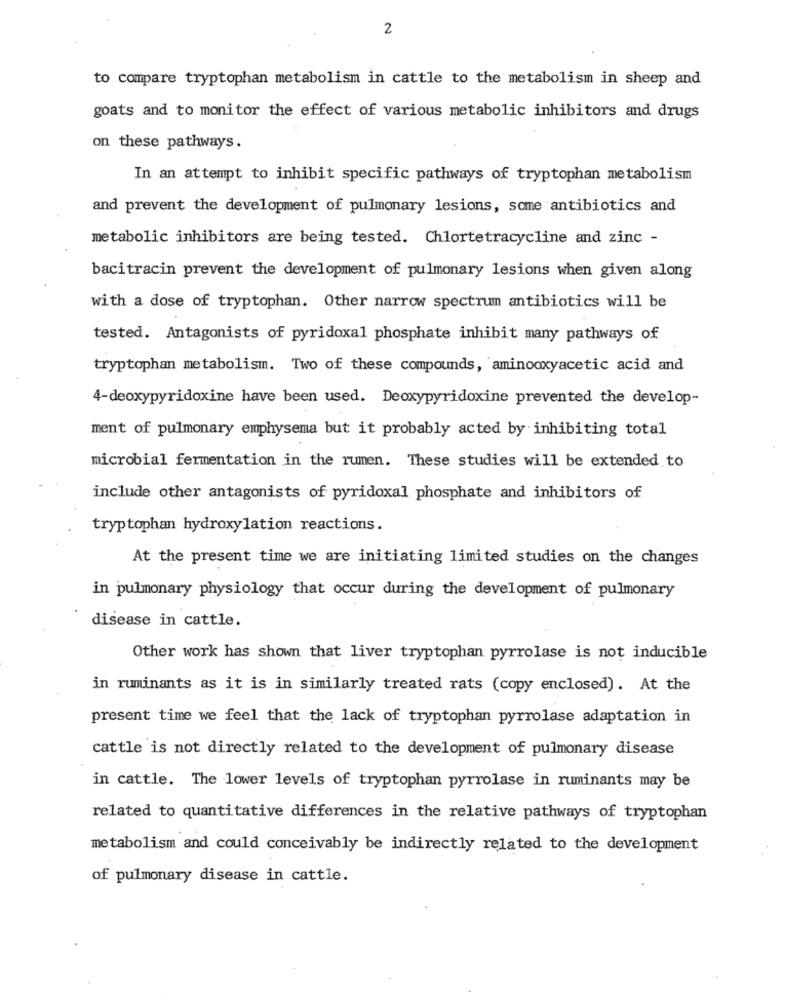
2
to compare tryptophan metabolism in cattle to the metabolism in sheep and
goats and to monitor the effect of various metabolic inhibitors and drugs
on these pathways.
In an attempt to inhibit specific pathways of tryptophan metabolism
and prevent the development of pulmonary lesions, some antibiotics and
metabolic inhibitors are being tested. Chlortetracycline and zinc -
bacitracin prevent the development of pulmonary lesions when given along
with a dose of tryptophan. Other narrow spectrum antibiotics will be
tested. Antagonists of pyridoxal phosphate inhibit many pathways of
tryptophan metabolism. Two of these compounds, aminooxyacetic acid and
4-deoxypyridoxine have been used. Deoxypyridoxine prevented the develop-
ment of pulmonary emphysema but it probably acted by inhibiting total
microbial fermentation in the rumen. These studies will be extended to
include other antagonists of pyridoxal phosphate and inhibitors of
tryptophan hydroxylation reactions.
At the present time we are initiating limited studies on the changes
in pulmonary physiology that occur during the development of pulmonary
disease in cattle.
Other work has shown that liver tryptophan pyrrolase is not inducible
in ruminants as it is in similarly treated rats (copy enclosed). At the
present time we feel that the lack of tryptophan pyrrolase adaptation in
cattle is not directly related to the development of pulmonary disease
in cattle. The lower levels of tryptophan pyrrolase in ruminants may be
related to quantitative differences in the relative pathways of tryptophan
metabolism and could conceivably be indirectly related to the development
of pulmonary disease in cattle.